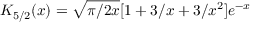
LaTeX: K _ { 5 / 2 } ( x ) = \sqrt { \pi / 2 x } [ 1 + 3 / x + 3 / x ^ { 2 } ] e ^ { - x }